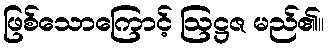
ဖြစ်သောကြောင့် ဩဋ္ဌဇ မည်၏။